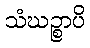
သံဃဉ္စာပိ